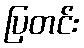
ပြတင်း